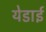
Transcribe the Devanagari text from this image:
येडाई